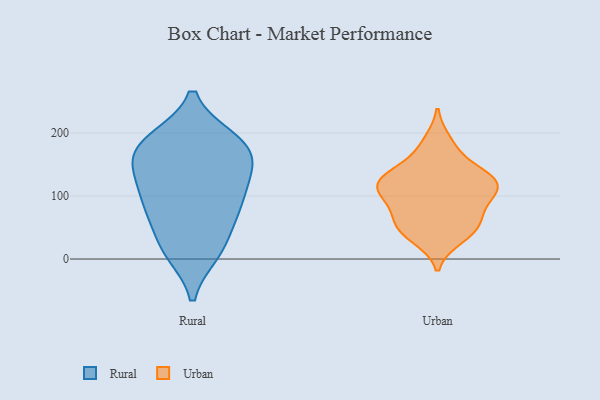
{"axis": {"x": "LTV (USD)", "y": "Value"}, "legend": ["Rural", "Urban"], "data": [{"x": "", "y": 146, "type": "Rural"}, {"x": "", "y": 189, "type": "Rural"}, {"x": "", "y": 22, "type": "Rural"}, {"x": "", "y": 177, "type": "Rural"}, {"x": "", "y": 85, "type": "Rural"}, {"x": "", "y": 184, "type": "Rural"}, {"x": "", "y": 13, "type": "Rural"}, {"x": "", "y": 135, "type": "Rural"}, {"x": "", "y": 188, "type": "Rural"}, {"x": "", "y": 79, "type": "Rural"}, {"x": "", "y": 170, "type": "Rural"}, {"x": "", "y": 116, "type": "Rural"}, {"x": "", "y": 11, "type": "Rural"}, {"x": "", "y": 141, "type": "Rural"}, {"x": "", "y": 66, "type": "Rural"}, {"x": "", "y": 89, "type": "Rural"}, {"x": "", "y": 186, "type": "Urban"}, {"x": "", "y": 114, "type": "Urban"}, {"x": "", "y": 101, "type": "Urban"}, {"x": "", "y": 128, "type": "Urban"}, {"x": "", "y": 114, "type": "Urban"}, {"x": "", "y": 135, "type": "Urban"}, {"x": "", "y": 134, "type": "Urban"}, {"x": "", "y": 52, "type": "Urban"}, {"x": "", "y": 101, "type": "Urban"}, {"x": "", "y": 127, "type": "Urban"}, {"x": "", "y": 65, "type": "Urban"}, {"x": "", "y": 47, "type": "Urban"}, {"x": "", "y": 122, "type": "Urban"}, {"x": "", "y": 173, "type": "Urban"}, {"x": "", "y": 34, "type": "Urban"}, {"x": "", "y": 67, "type": "Urban"}, {"x": "", "y": 42, "type": "Urban"}, {"x": "", "y": 91, "type": "Urban"}]}